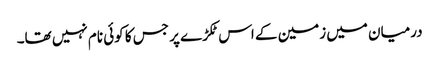
درمیان میں زمین کے اس ٹکڑے پر جس کا کوئی نام نہیں تھا۔